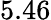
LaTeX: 5.46